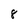
Character: 8